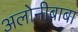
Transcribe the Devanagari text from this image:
अलोनीबाबा